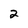
Character: 2